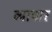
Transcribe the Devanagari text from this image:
व्यापार